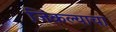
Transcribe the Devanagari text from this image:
जिंकल्याचा